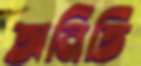
অনিতি